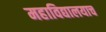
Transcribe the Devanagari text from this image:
महाविद्यालयाच